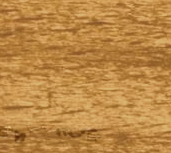
شارع الزهور   قلب الحي ال